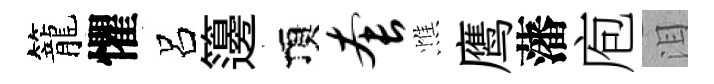
籠懼呂籩頂套憔鹰藩庖泪